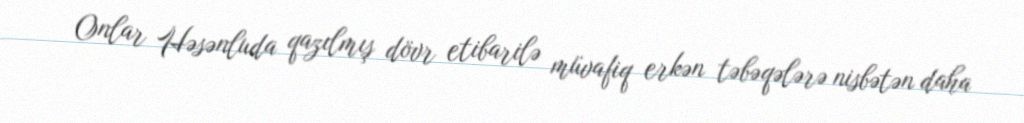
Onlar Həsənluda qazılmış dövr etibarilə müvafiq erkən təbəqələrə nisbətən daha